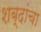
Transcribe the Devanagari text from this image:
शब्‍दांचा